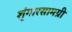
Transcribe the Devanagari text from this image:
शृंगारसामग्री